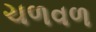
ચળવળ